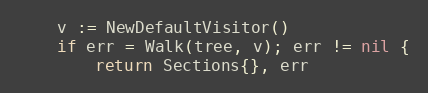
Language: Go
	v := NewDefaultVisitor()
	if err = Walk(tree, v); err != nil {
		return Sections{}, err